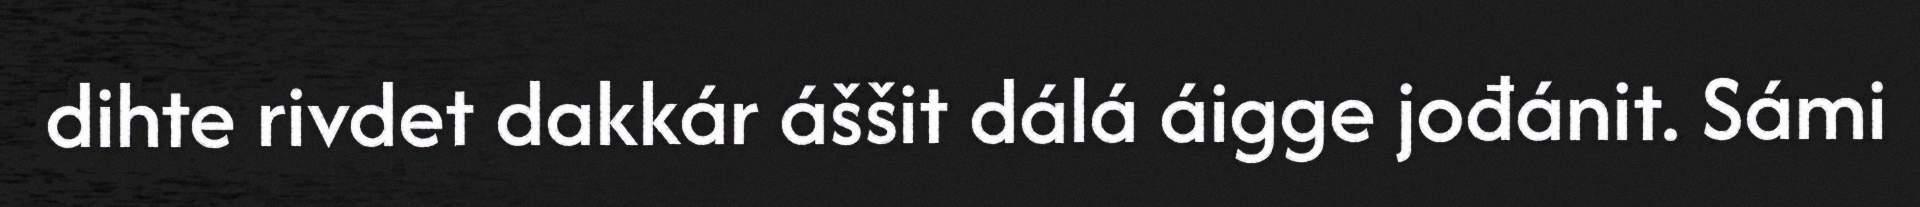
dihte rivdet dakkár áššit dálá áigge jođánit. Sámi